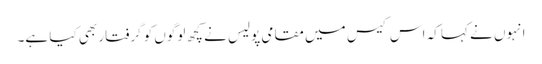
انہوں نے کہا کہ اس کیس میں مقامی پولیس نے کچھ لوگوں کو گرفتار بھی کیا ہے۔